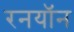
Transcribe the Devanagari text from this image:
रनयॉन